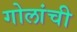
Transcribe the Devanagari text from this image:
गोलांची